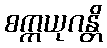
စက္ကယုဂန္တိ